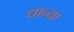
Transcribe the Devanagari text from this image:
धान्या